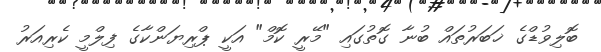
ބޮލިވުޑްގެ ޚަބަރުތައް ބުނާ ގޮތުގައި "މޭރީ ކޮމް" އަކީ ޕްރިޔަންކާގެ ފިލްމީ ކެރިއަރު